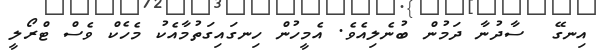
އިނގޭ  ސާދުނާ ދަމުން ބުނެލިއެވެ. އެމީހުން ހިނގައިގަތުމާއެކު މެހެކް ވެސް ޓްރޯލީ